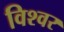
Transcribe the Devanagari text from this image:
विश्वर